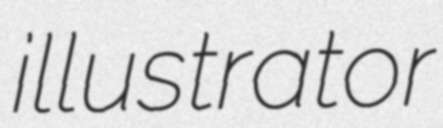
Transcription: illustrator